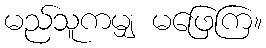
မည်သူကမျှ မဖြေကြ။